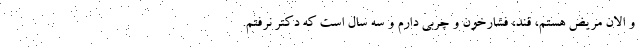
و الان مریض هستم، قند، فشارخون و چربی دارم و سه سال است که دکتر نرفتم.